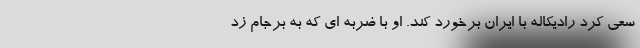
سعی کرد رادیکاله با ایران برخورد کند. او با ضربه ای که به برجام زد